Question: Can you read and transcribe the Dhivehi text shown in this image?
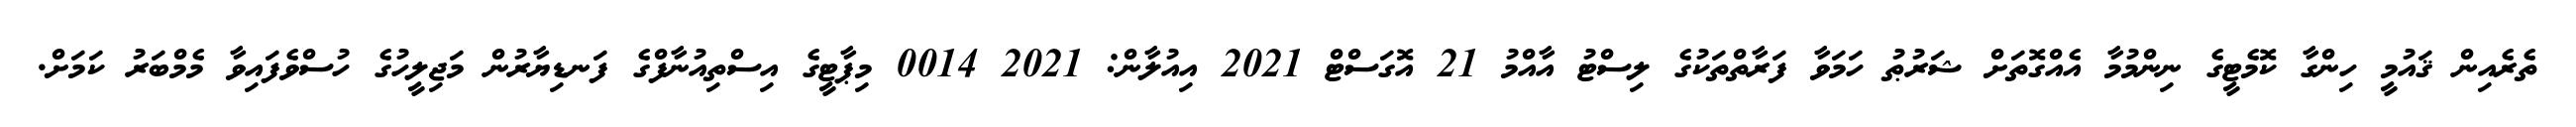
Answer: ތެރެއިން ޤައުމީ ހިންގާ ކޮމެޓީގެ ނިންމުމާ އެއްގޮތަށް ޝަރުޠު ހަމަވާ ފަރާތްތަކުގެ ލިސްޓު އާއްމު 21 އޮގަސްޓް 2021 އިއުލާން: 2021 0014 މިޕާޓީގެ އިސްތިއުނާފްގެ ފަނޑިޔާރުން މަޖިލީހުގެ ހުސްވެފައިވާ މެމްބަރު ކަމަށް.